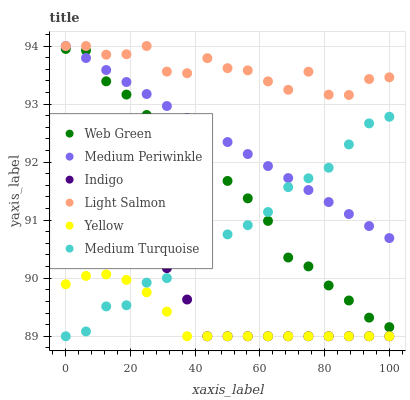
| xaxis_label | Web Green | Medium Periwinkle | Indigo | Light Salmon | Yellow | Medium Turquoise |
 | --- | --- | --- | --- | --- | --- | --- |
 | 0 | 93.9 | 94 | 90.8 | 94 | 89.9 | 89 |
 | 6.25 | 93.9 | 93.8 | 91 | 94 | 90 | 89.1 |
 | 12.5 | 93.4 | 93.6 | 91 | 93.9 | 90.1 | 89.5 |
 | 18.8 | 93.2 | 93.4 | 90.8 | 93.9 | 90 | 89.5 |
 | 25 | 92.8 | 93.2 | 90.6 | 94 | 89.8 | 89.9 |
 | 31.2 | 92.3 | 93 | 90.2 | 93.6 | 89.4 | 90 |
 | 37.5 | 92.2 | 92.8 | 89.6 | 93.5 | 89 | 90.3 |
 | 43.8 | 91.7 | 92.6 | 89 | 93.8 | 89 | 90.5 |
 | 50 | 91.7 | 92.3 | 89 | 93.6 | 89 | 90.8 |
 | 56.2 | 91.4 | 92.1 | 89 | 93.6 | 89 | 90.9 |
 | 62.5 | 91 | 91.9 | 89 | 93.4 | 89 | 91.1 |
 | 68.8 | 90.4 | 91.7 | 89 | 93.2 | 89 | 91.6 |
 | 75 | 90.2 | 91.5 | 89 | 93.6 | 89 | 91.7 |
 | 81.2 | 89.9 | 91.3 | 89 | 93.2 | 89 | 91.9 |
 | 87.5 | 89.6 | 91.1 | 89 | 93.2 | 89 | 92.3 |
 | 93.8 | 89.3 | 90.9 | 89 | 93.4 | 89 | 92.7 |
 | 100 | 89.2 | 90.7 | 89 | 93.5 | 89 | 92.8 |